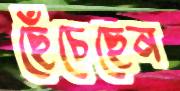
ছেঁচেছেন